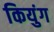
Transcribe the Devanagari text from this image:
कियुंग